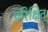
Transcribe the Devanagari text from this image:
परिक्षित्